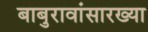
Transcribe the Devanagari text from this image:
बाबुरावांसारख्या